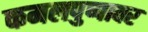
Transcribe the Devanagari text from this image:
कमलपुष्पावर